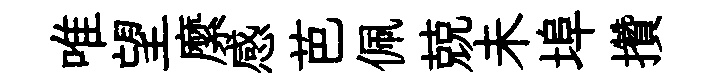
唯望縻感芭佩兢未埠攢